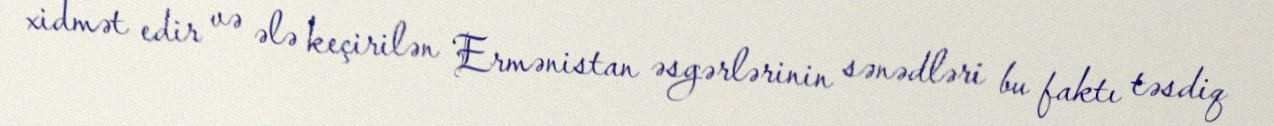
xidmət edir və ələ keçirilən Ermənistan əsgərlərinin sənədləri bu faktı təsdiq